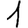
Digit: 1